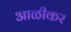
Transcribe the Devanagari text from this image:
आळीकर